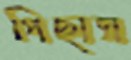
পিছাস